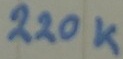
Text: 220K